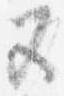
五